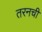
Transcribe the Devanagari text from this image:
तरनची